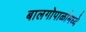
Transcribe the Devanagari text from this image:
बालगोपाळांमध्ये